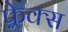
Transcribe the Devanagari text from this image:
फ़्रेक्स